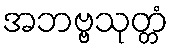
အဘဗ္ဗသုတ္တံ